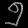
Digit: ၅